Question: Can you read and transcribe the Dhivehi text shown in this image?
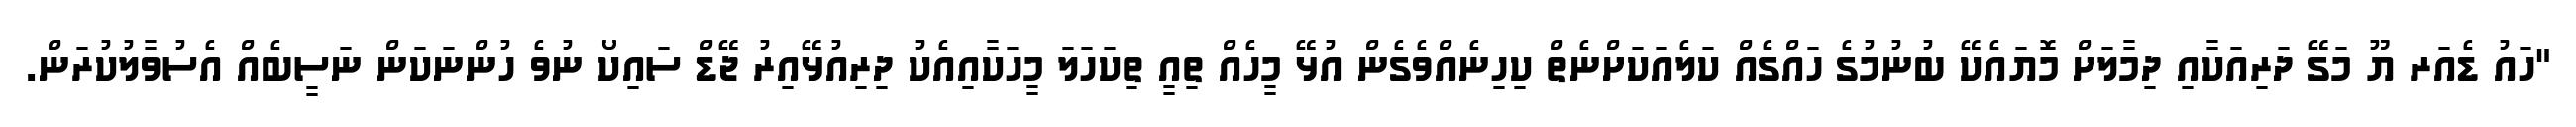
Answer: "ހައު ޑެއަރ ޔޫ މަގޭ ދަރިއަކާއި ދިމާލަށް މޮޔައެކޭ ބުނުމުގެ ހައްގެއް ކަލެއަކަށްނެތް ކިހިނެއްވެގެން އުޅޭ މީހެއް ތިއީ ތިކަހަލަ މީހަކާއިއެކު ދިރިއުޅޭއިރު ޖޭޑް ސައިކޯ ނުވެ ހުންނަކަން ނަސީބެއް އެސުވާލުކުރަން.